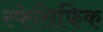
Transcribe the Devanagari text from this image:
स्फेसिफिक